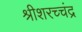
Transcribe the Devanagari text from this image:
श्रीशरच्चंद्र